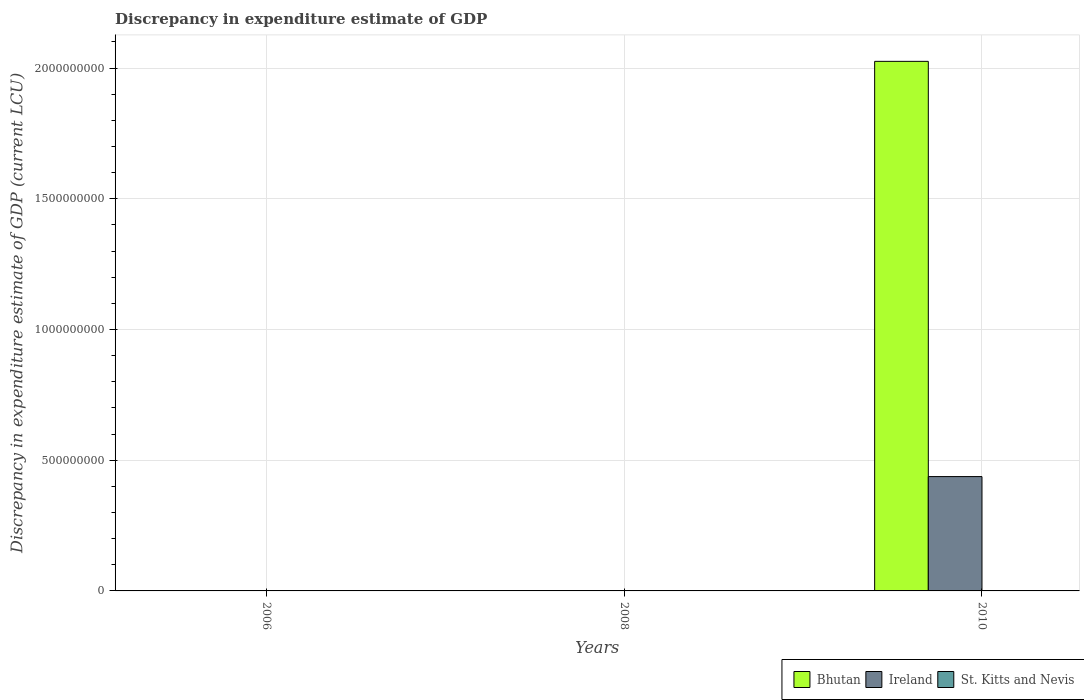
| Years | Bhutan | Ireland | St. Kitts and Nevis |
 | --- | --- | --- | --- |
 | 2006 | 6e-06 | -6.59e+08 | -9e-08 |
 | 2008 | 2e-06 | -1.23e+09 | 2e-07 |
 | 2010 | 2.03e+09 | 4.37e+08 | 3.2e-07 |